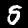
Digit: 5